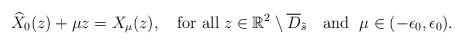
LaTeX: \begin{align*} \widehat{X}_0(z)+\mu z=X_{\mu}(z),\quad\mbox{for all} \; z\in\mathbb{R}^2\setminus\overline{D}_{\tilde{s}} \quad\mbox{and } \; \mu\in(-\epsilon_0,\epsilon_0).\end{align*}